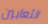
الثعابين